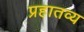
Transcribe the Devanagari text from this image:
प्रहातव्य